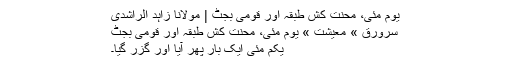
یوم مئی، محنت کش طبقہ اور قومی بجٹ | مولانا زاہد الراشدی
سرورق » معیشت » یوم مئی، محنت کش طبقہ اور قومی بجٹ
یکم مئی ایک بار پھر آیا اور گزر گیا۔